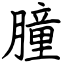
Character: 朣